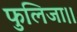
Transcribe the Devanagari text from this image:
फुलिजा।।